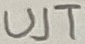
Text: UJT